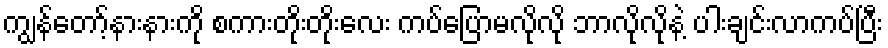
ကျွန်တော့်နားနားကို စကားတိုးတိုးလေး ကပ်ပြောမလိုလို ဘာလိုလိုနဲ့ ပါးချင်းလာကပ်ပြီး